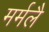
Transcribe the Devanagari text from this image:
मर्मलै